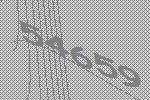
54659